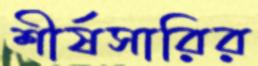
শীর্ষসারির